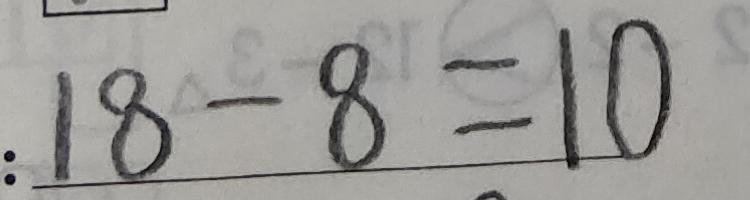
: 1 8 - 8 = 1 0